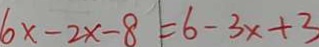
6 x - 2 x - 8 = 6 - 3 x + 3